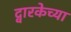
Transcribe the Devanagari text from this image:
द्वारकेच्या